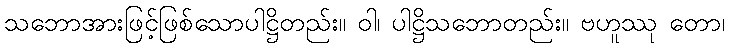
သဘောအားဖြင့်ဖြစ်သောပါဋ္ဌိတည်း။ ဝါ၊ ပါဋ္ဌိသဘောတည်း။ ဗဟူဿု တော၊